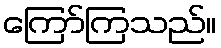
ကြော်ကြသည်။